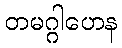
တမဂ္ဂါဟေန